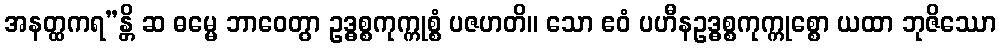
အနတ္ထကရ”န္တိ ဆ ဓမ္မေ ဘာဝေတွာ ဥဒ္ဓစ္စကုက္ကုစ္စံ ပဇဟတိ။ သော ဧဝံ ပဟီနဥဒ္ဓစ္စကုက္ကုစ္စော ယထာ ဘုဇိဿော